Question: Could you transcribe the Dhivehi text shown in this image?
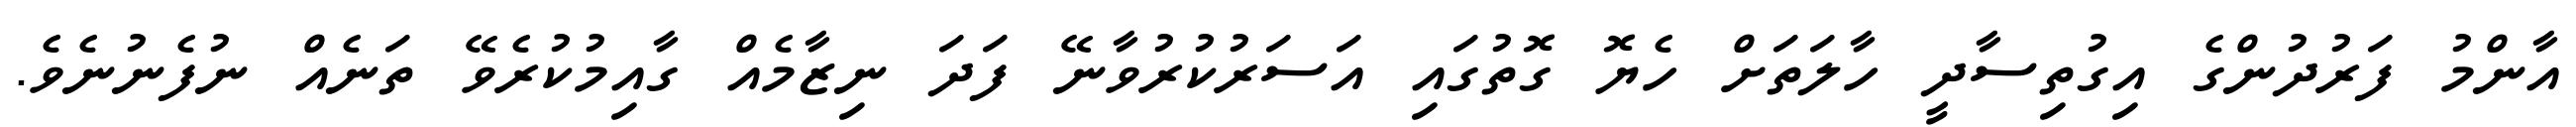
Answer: އާންމު ފަރުދުންގެ އިގުތިސާދީ ހާލަތަށް ހެޔޮ ގޮތުގައި އަސަރުކުރުވާނޭ ފަދަ ނިޒާމެއް ގާއިމުކުރެވޭ ތަނެއް ނުފެނުނެވެ.